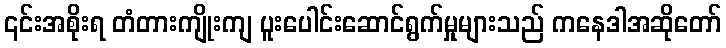
၎င်းအစိုးရ တံတားကျိုးကျ ပူးပေါင်းဆောင်ရွက်မှုများသည် ကနေဒါအဆိုတော်